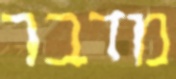
מדבר